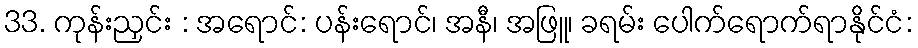
33. ကုန်းညှင်း : အရောင်: ပန်းရောင်၊ အနီ၊ အဖြူ၊ ခရမ်း ပေါက်ရောက်ရာနိုင်ငံ: